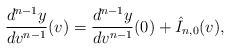
\begin{align*} \frac{d^{n-1}y}{dv^{n-1}}(v)=\frac{d^{n-1}y}{dv^{n-1}}(0)+\hat{I}_{n,0}(v),\end{align*}